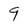
Character: 9